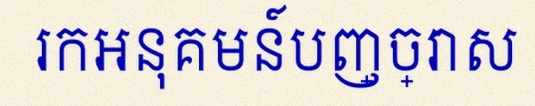
រកអនុគមន៍បញ្ច្រាស